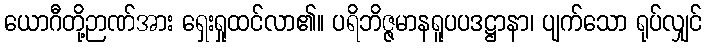
ယောဂီတို့ဉာဏ်အား ရှေးရှုထင်လာ၏။ ပရိဘိဇ္ဇမာနရူပပဒဋ္ဌာနာ၊ ပျက်သော ရုပ်လျှင်